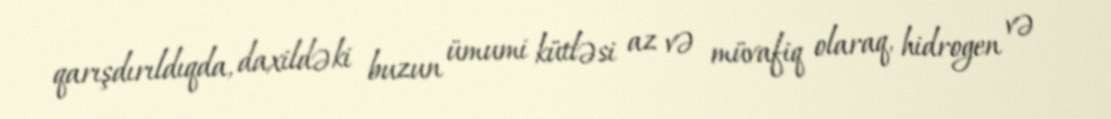
qarışdırıldıqda, daxildəki buzun ümumi kütləsi az və müvafiq olaraq, hidrogen və